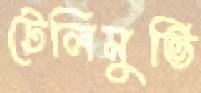
টেলিমুভি